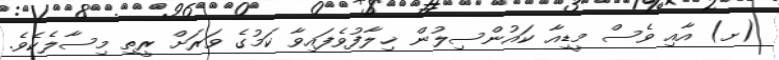
(ށ) އާއި ވެސް މީޑިއާ ކައުންސިލުން ޚިލާފުވެފައިވާ ކަމުގެ ވަރަށް ރީތި މިސާލެކެވެ.